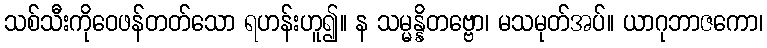
သစ်သီးကိုဝေဖန်တတ်သော ရဟန်းဟူ၍။ န သမ္မန္နိတဗ္ဗော၊ မသမုတ်အပ်။ ယာဂုဘာဇကော၊